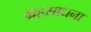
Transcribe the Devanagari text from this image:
ग्रहसाधना